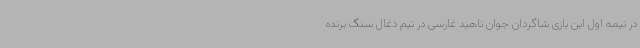
در نیمه اول این بازی شاگردان جوان ناهید غارسی در تیم ذغال سنگ برنده